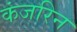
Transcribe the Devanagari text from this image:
कंजरिन